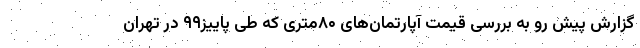
گزارش پیش رو به بررسی قیمت آپارتمان‌های ۸۰متری که طی پاییز۹۹ در تهران